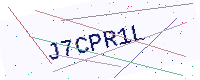
Text: J7CPR1L